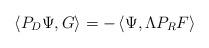
LaTeX: \begin{align*} \left<P_D \Psi, G \right> = -\left<\Psi, \Lambda P_R F \right>\end{align*}